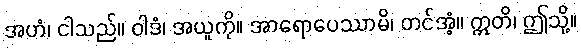
အဟံ၊ ငါသည်။ ဝါဒံ၊ အယူကို။ အာရောပေဿာမိ၊ တင်အံ့။ ဣတိ၊ ဤသို့။